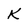
Character: k